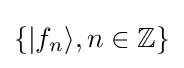
\{|f_{n}\rangle ,n\in \mathbb {Z} \}